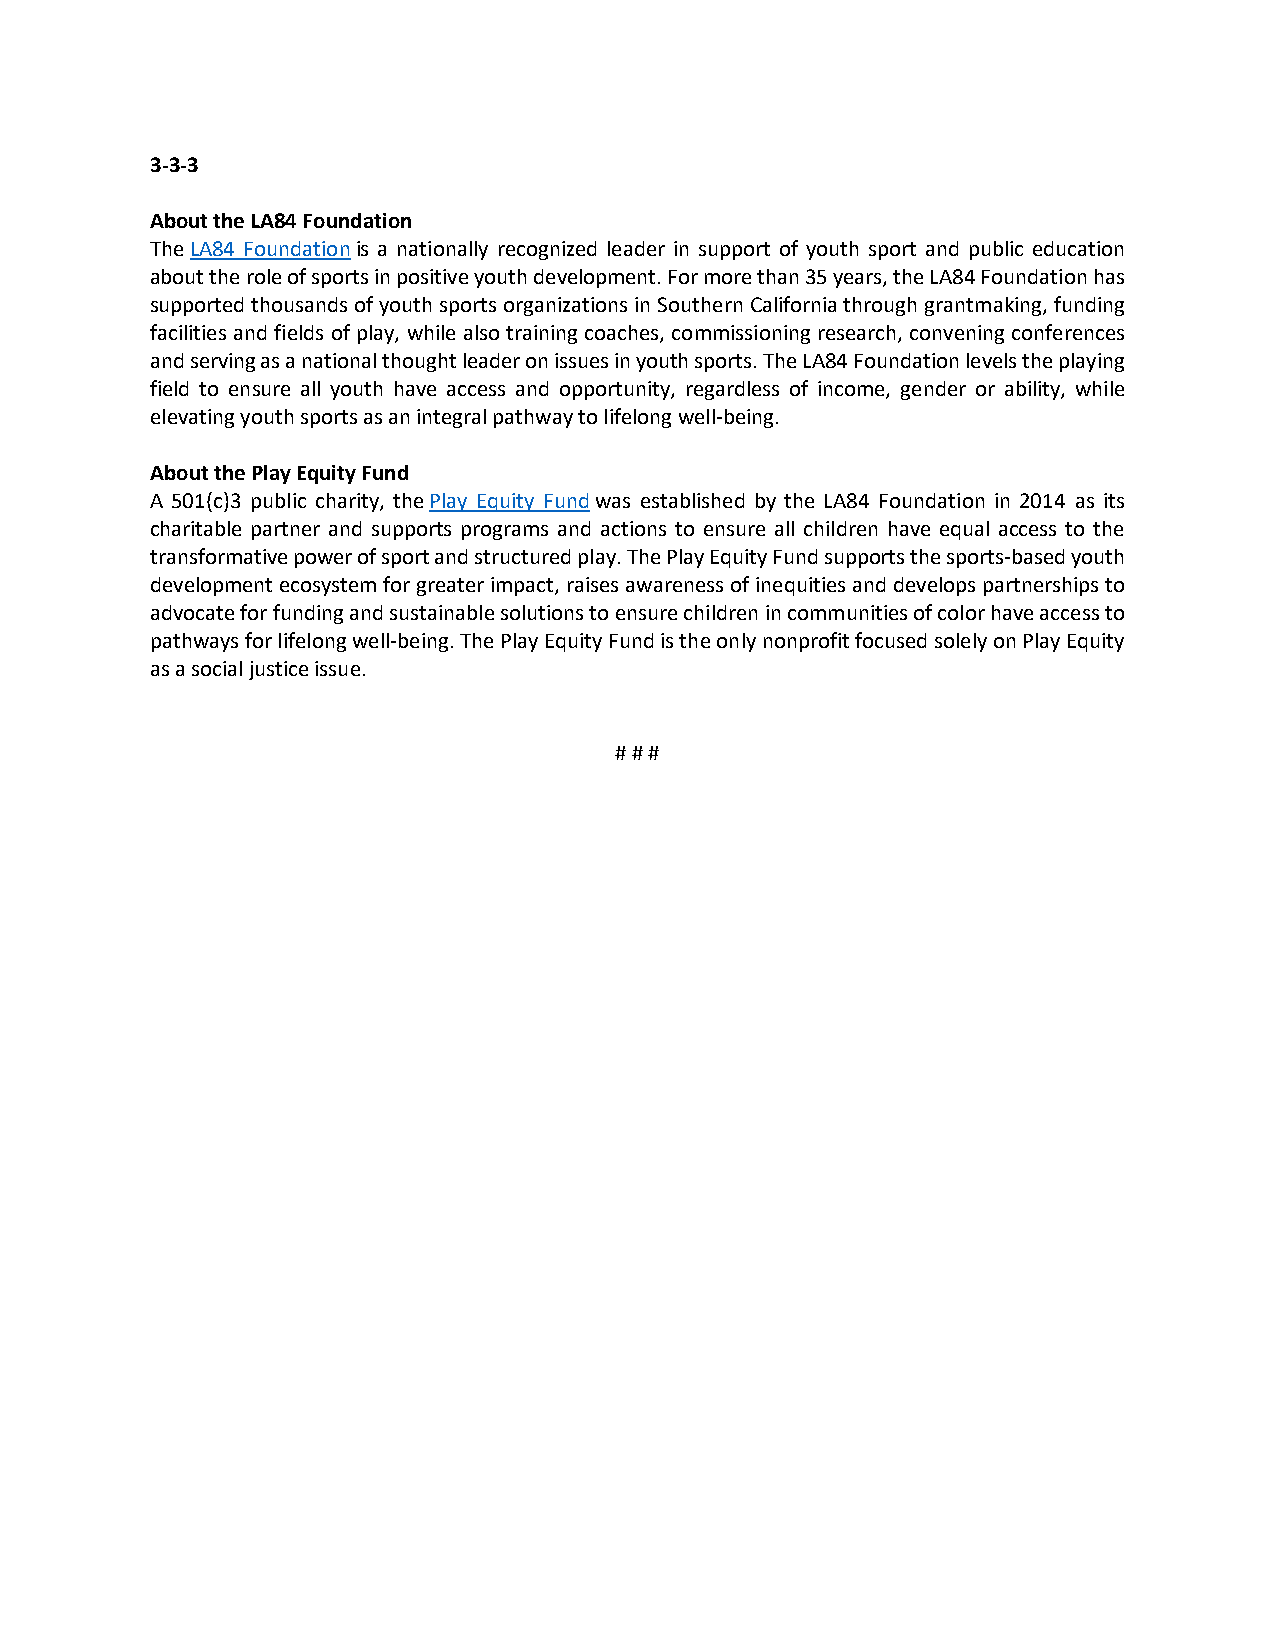
3-3-3
 About the LA84 Foundation
 The LA84 Foundation is a nationally recognized leader in support of youth sport and public education
 about the role of sports in positive youth development. For more than 35 years, the LA84 Foundation has
 supported thousands of youth sports organizations in Southern California through grantmaking, funding
 facilities and fields of play, while also training coaches, commissioning research, convening conferences
 and serving as a national thought leader on issues in youth sports. The LA84 Foundation levels the playing
 field to ensure all youth have access and opportunity, regardless of income, gender or ability, while
 elevating youth sports as an integral pathway to lifelong well-being.
 About the Play Equity Fund
 A 501(c)3 public charity, the Play Equity Fund was established by the LA84 Foundation in 2014 as its
 charitable partner and supports programs and actions to ensure all children have equal access to the
 transformative power of sport and structured play. The Play Equity Fund supports the sports-based youth
 development ecosystem for greater impact, raises awareness of inequities and develops partnerships to
 advocate for funding and sustainable solutions to ensure children in communities of color have access to
 pathways for lifelong well-being. The Play Equity Fund is the only nonprofit focused solely on Play Equity
 as a social justice issue.
 # # #